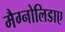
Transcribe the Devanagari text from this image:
मैग्नोलिडाए